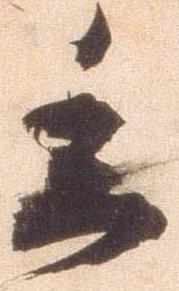
委